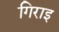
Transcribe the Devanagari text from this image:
गिराइ